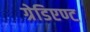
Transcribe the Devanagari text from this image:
ग्रेडिएण्ट